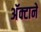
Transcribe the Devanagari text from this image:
अॅक्टानें